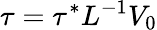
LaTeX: {\tau=\tau^{*}L^{-1}V_{0}}